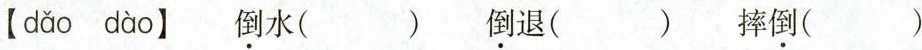
【dao dao】 倒水 （ ） 倒退（ ）摔倒（ ）